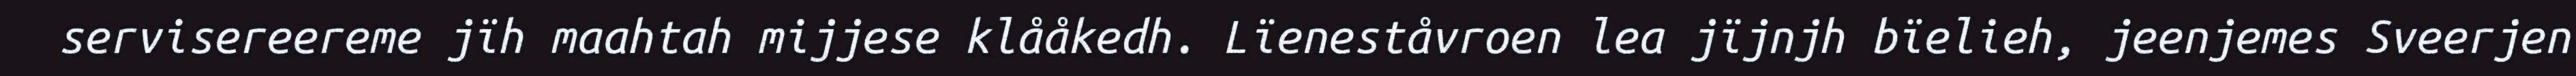
servisereereme jïh maahtah mijjese klååkedh. Lïeneståvroen lea jïjnjh bïelieh, jeenjemes Sveerjen